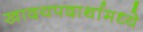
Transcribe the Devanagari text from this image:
खादयपदार्थामध्ये